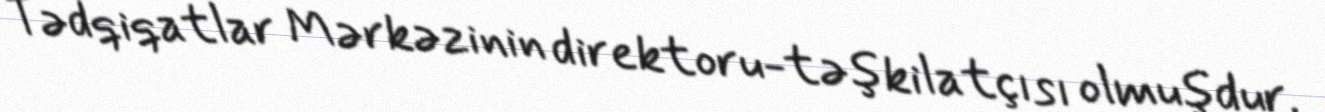
Tədqiqatlar Mərkəzinin direktoru-təşkilatçısı olmuşdur.